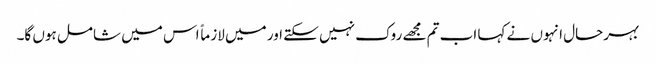
بہرحال انہوں نے کہا اب تم مجھے روک نہیں سکتے اور میں لازماً اس میں شامل ہوں گا۔